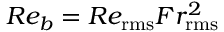
R e _ { b } = R e _ { \mathrm { r m s } } F r _ { \mathrm { r m s } } ^ { 2 }